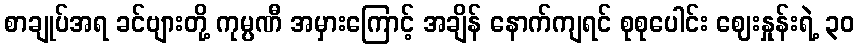
စာချုပ်အရ ခင်ဗျားတို့ ကုမ္ပဏီ အမှားကြောင့် အချိန် နောက်ကျရင် စုစုပေါင်း ဈေးနှုန်းရဲ့ ၃၀